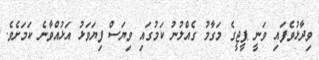
ވިދާޅުވެފައި ވަނީ ޕީޖީގެ މަގާމު ގެއްލުނު ކަމުގައި ވިޔަސް ފިޔަވަޅު އަޅުއްވާނެ ކަމަށެވެ.